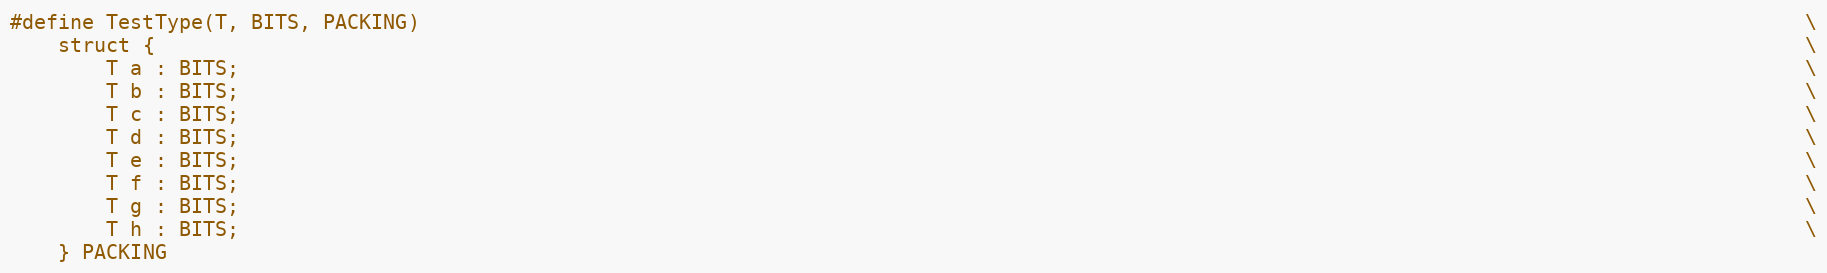
Language: C++
#define TestType(T, BITS, PACKING)                                                                                                                   \
    struct {                                                                                                                                         \
        T a : BITS;                                                                                                                                  \
        T b : BITS;                                                                                                                                  \
        T c : BITS;                                                                                                                                  \
        T d : BITS;                                                                                                                                  \
        T e : BITS;                                                                                                                                  \
        T f : BITS;                                                                                                                                  \
        T g : BITS;                                                                                                                                  \
        T h : BITS;                                                                                                                                  \
    } PACKING